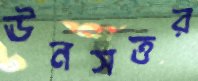
ঊনসত্তর